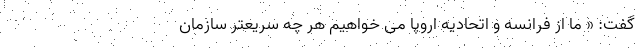
گفت: « ما از فرانسه و اتحادیه اروپا می خواهیم هر چه سریعتر سازمان